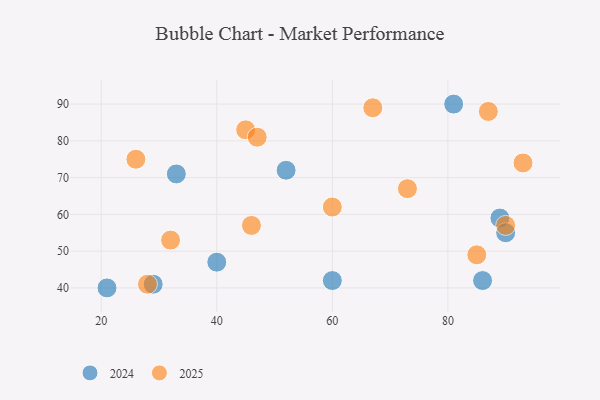
{"axis": {"x": "GDP", "y": "Life Expectancy"}, "legend": ["2024", "2025"], "data": [{"x": "45", "y": 83, "type": "2025"}, {"x": "26", "y": 75, "type": "2025"}, {"x": "47", "y": 81, "type": "2025"}, {"x": "90", "y": 57, "type": "2025"}, {"x": "32", "y": 53, "type": "2025"}, {"x": "73", "y": 67, "type": "2025"}, {"x": "60", "y": 62, "type": "2025"}, {"x": "93", "y": 74, "type": "2025"}, {"x": "28", "y": 41, "type": "2025"}, {"x": "85", "y": 49, "type": "2025"}, {"x": "46", "y": 57, "type": "2025"}, {"x": "67", "y": 89, "type": "2025"}, {"x": "87", "y": 88, "type": "2025"}, {"x": "40", "y": 47, "type": "2024"}, {"x": "89", "y": 59, "type": "2024"}, {"x": "60", "y": 42, "type": "2024"}, {"x": "33", "y": 71, "type": "2024"}, {"x": "86", "y": 42, "type": "2024"}, {"x": "21", "y": 40, "type": "2024"}, {"x": "90", "y": 55, "type": "2024"}, {"x": "52", "y": 72, "type": "2024"}, {"x": "81", "y": 90, "type": "2024"}, {"x": "29", "y": 41, "type": "2024"}]}